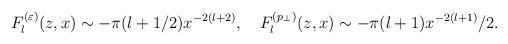
LaTeX: \begin{align*}F_l^{(\varepsilon )}(z,x)\sim -\pi (l+1/2)x^{-2(l+2)},\quad F_l^{(p_\perp )}(z,x)\sim -\pi (l+1)x^{-2(l+1)}/2.\end{align*}